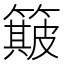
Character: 簸